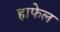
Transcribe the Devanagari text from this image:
हाफेल